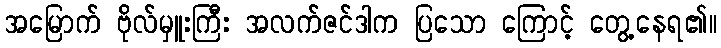
အမြောက် ဗိုလ်မှူးကြီး အလက်ဇင်ဒါက ပြသော ကြောင့် တွေ့နေရ၏။